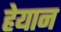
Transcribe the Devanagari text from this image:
हेयान